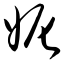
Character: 妮